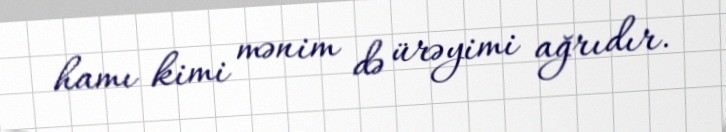
hamı kimi mənim də ürəyimi ağrıdır.